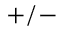
+ / -